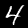
Label: 4